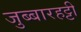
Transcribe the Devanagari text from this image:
जुब्‍बारहट्टी